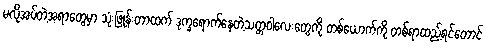
မလိုအပ်တဲ့အရာတွေမှာ သုံးဖြုန်းတာထက် ဒုက္ခရောက်နေတဲ့သတ္တဝါလေးတွေကို တစ်ယောက်ကို တစ်ရာထည့်ရင်တောင်